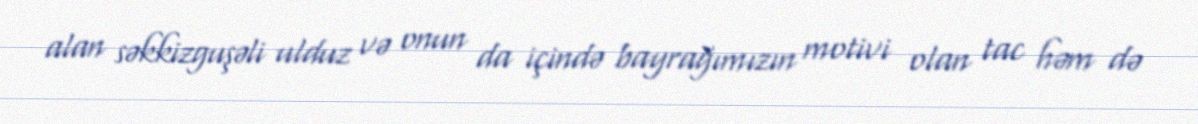
alan səkkizguşəli ulduz və onun da içində bayrağımızın motivi olan tac həm də